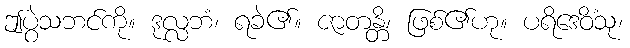
ဤပွဲသဘင်ကို။ ဒုလ္လဘံ၊ ရခဲ၏။ ဇာတန္တိ၊ ဖြစ်၏ဟု။ ပရိဒေဝိံသု၊